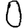
Digit: 0